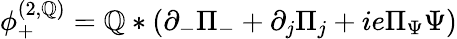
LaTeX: \phi_{+}^{(2,{\cal\mathbb{Q}})}={\cal\mathbb{Q}}\ast(\partial_{-}\Pi_{-}+\partial_{j}\Pi_{j}+ie\Pi_{\Psi}\Psi)